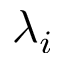
\lambda _ { i }